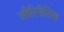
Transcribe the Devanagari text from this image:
लौरिनैतिस